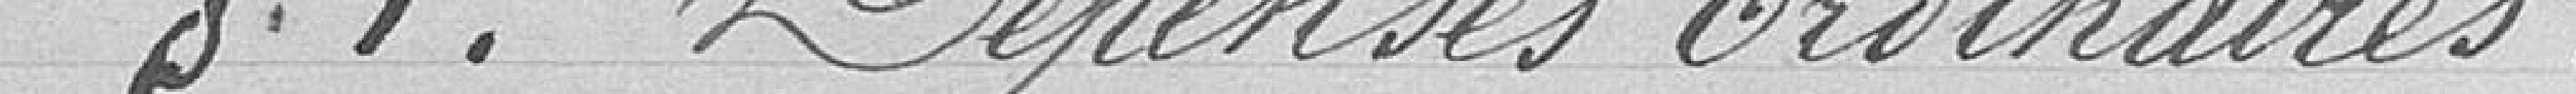
§ 1. Dépenses ordinaires